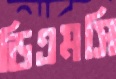
ডিএমসি